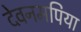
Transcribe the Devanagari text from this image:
देवनमपिया